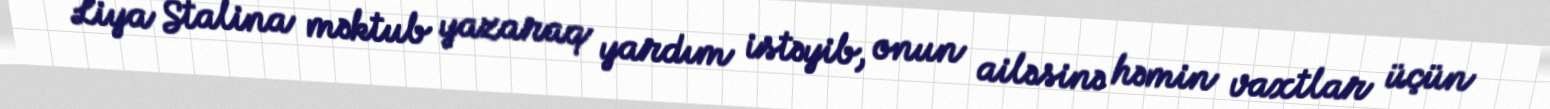
Liya Stalina məktub yazaraq yardım istəyib, onun ailəsinə həmin vaxtlar üçün